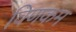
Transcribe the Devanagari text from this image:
विणकम